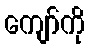
ကျော်ကို